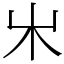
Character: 𣎵